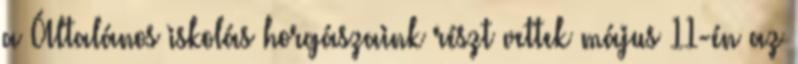
a Általános iskolás horgászaink részt vettek május 11-én az